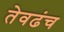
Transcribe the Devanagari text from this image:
तेवढंच